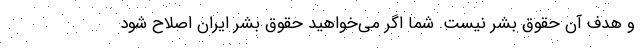
و هدف آن حقوق بشر نيست. شما اگر مي‌خواهيد حقوق بشر ايران اصلاح شود